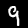
Label: 9